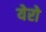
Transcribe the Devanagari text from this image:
येरो